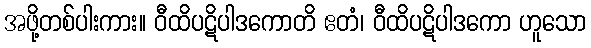
အဖို့တစ်ပါးကား။ ဝီထိပဋိပါဒကောတိ ဧတံ၊ ဝီထိပဋိပါဒကော ဟူသော